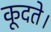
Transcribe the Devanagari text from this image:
कूदते।